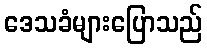
ဒေသခံများပြောသည်